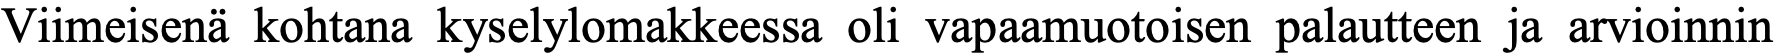
Viimeisenä kohtana kyselylomakkeessa oli vapaamuotoisen palautteen ja arvioinnin